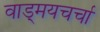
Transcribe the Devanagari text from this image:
वाड्मयचर्चा